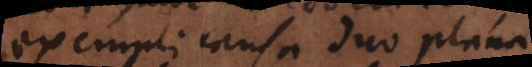
exempli causa duo plana